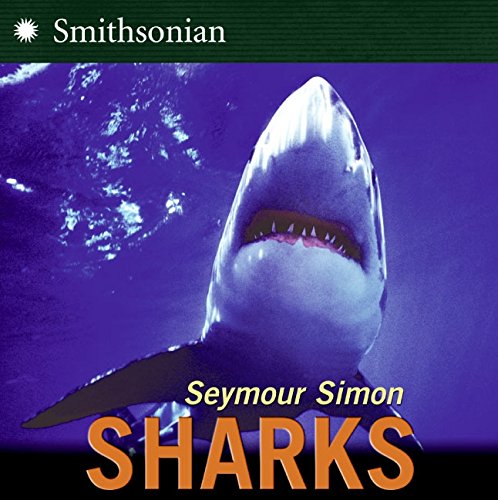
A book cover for Sharks; Seymour Simon; Children's Books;